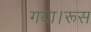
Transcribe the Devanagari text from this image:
गया।रूस